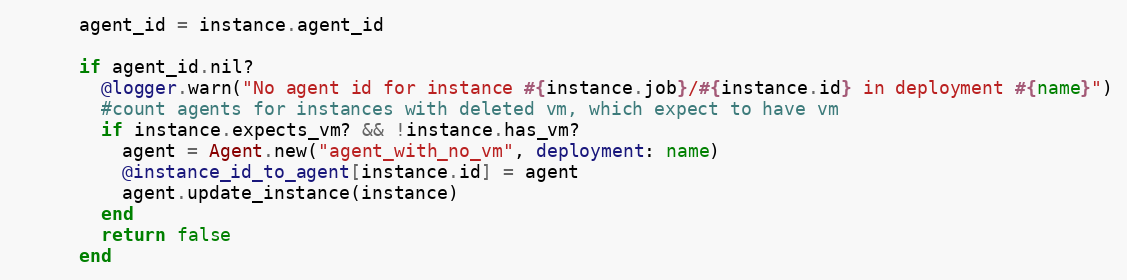
Language: Ruby
      agent_id = instance.agent_id

      if agent_id.nil?
        @logger.warn("No agent id for instance #{instance.job}/#{instance.id} in deployment #{name}")
        #count agents for instances with deleted vm, which expect to have vm
        if instance.expects_vm? && !instance.has_vm?
          agent = Agent.new("agent_with_no_vm", deployment: name)
          @instance_id_to_agent[instance.id] = agent
          agent.update_instance(instance)
        end
        return false
      end